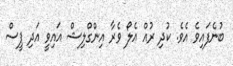
ބުނެފައިވެ އެވެ. ކުދި ރުއް އެލޯ ވެރާ އިންގްލިޝް އައިވީ އަދި ޕީސް